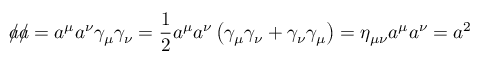
{ a \! \! \! / } { a \! \! \! / } = a ^ { \mu } a ^ { \nu } \gamma _ { \mu } \gamma _ { \nu } = { \frac { 1 } { 2 } } a ^ { \mu } a ^ { \nu } \left( \gamma _ { \mu } \gamma _ { \nu } + \gamma _ { \nu } \gamma _ { \mu } \right) = \eta _ { \mu \nu } a ^ { \mu } a ^ { \nu } = a ^ { 2 }